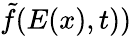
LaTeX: \tilde{f}(E(x),t))